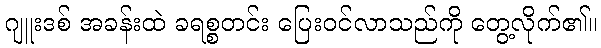
ဂျူးဒစ် အခန်းထဲ ခရစ္စတင်း ပြေးဝင်လာသည်ကို တွေ့လိုက်၏။